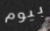
بيوم